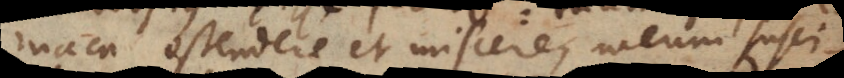
aca ostendere et miscere, meum susci